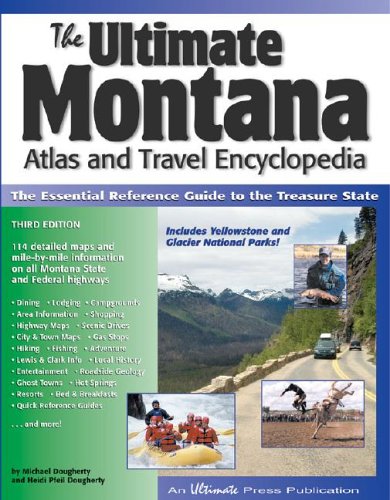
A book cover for The Ultimate Montana Atlas and Travel Encyclopedia, Third Edition; Michael Dougherty; Travel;